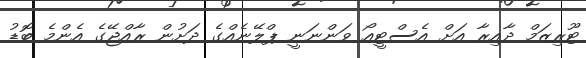
ޓޫރިޒަމް ދާއިރާ އަށް އެސްޓީއޯ ވަންނަނީ ޕްލޭނެއްގެ ދަށުން ރާއްޖޭގެ އެންމެ ބޮޑު